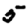
Digit: 5